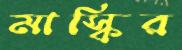
মাস্কির